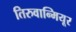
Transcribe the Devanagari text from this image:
तिरुवान्मियूर